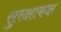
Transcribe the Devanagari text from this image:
सुरक्षाकक्ष